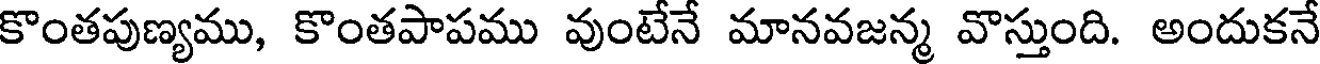
కొంతపుణ్యము, కొంతపాపము వుంటేనే మానవజన్మ వొస్తుంది. అందుకనే